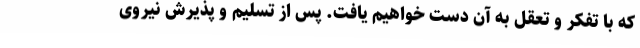
که با تفکر و تعقل به آن دست خواهیم یافت. پس از تسلیم و پذیرش نیروی